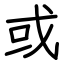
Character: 或